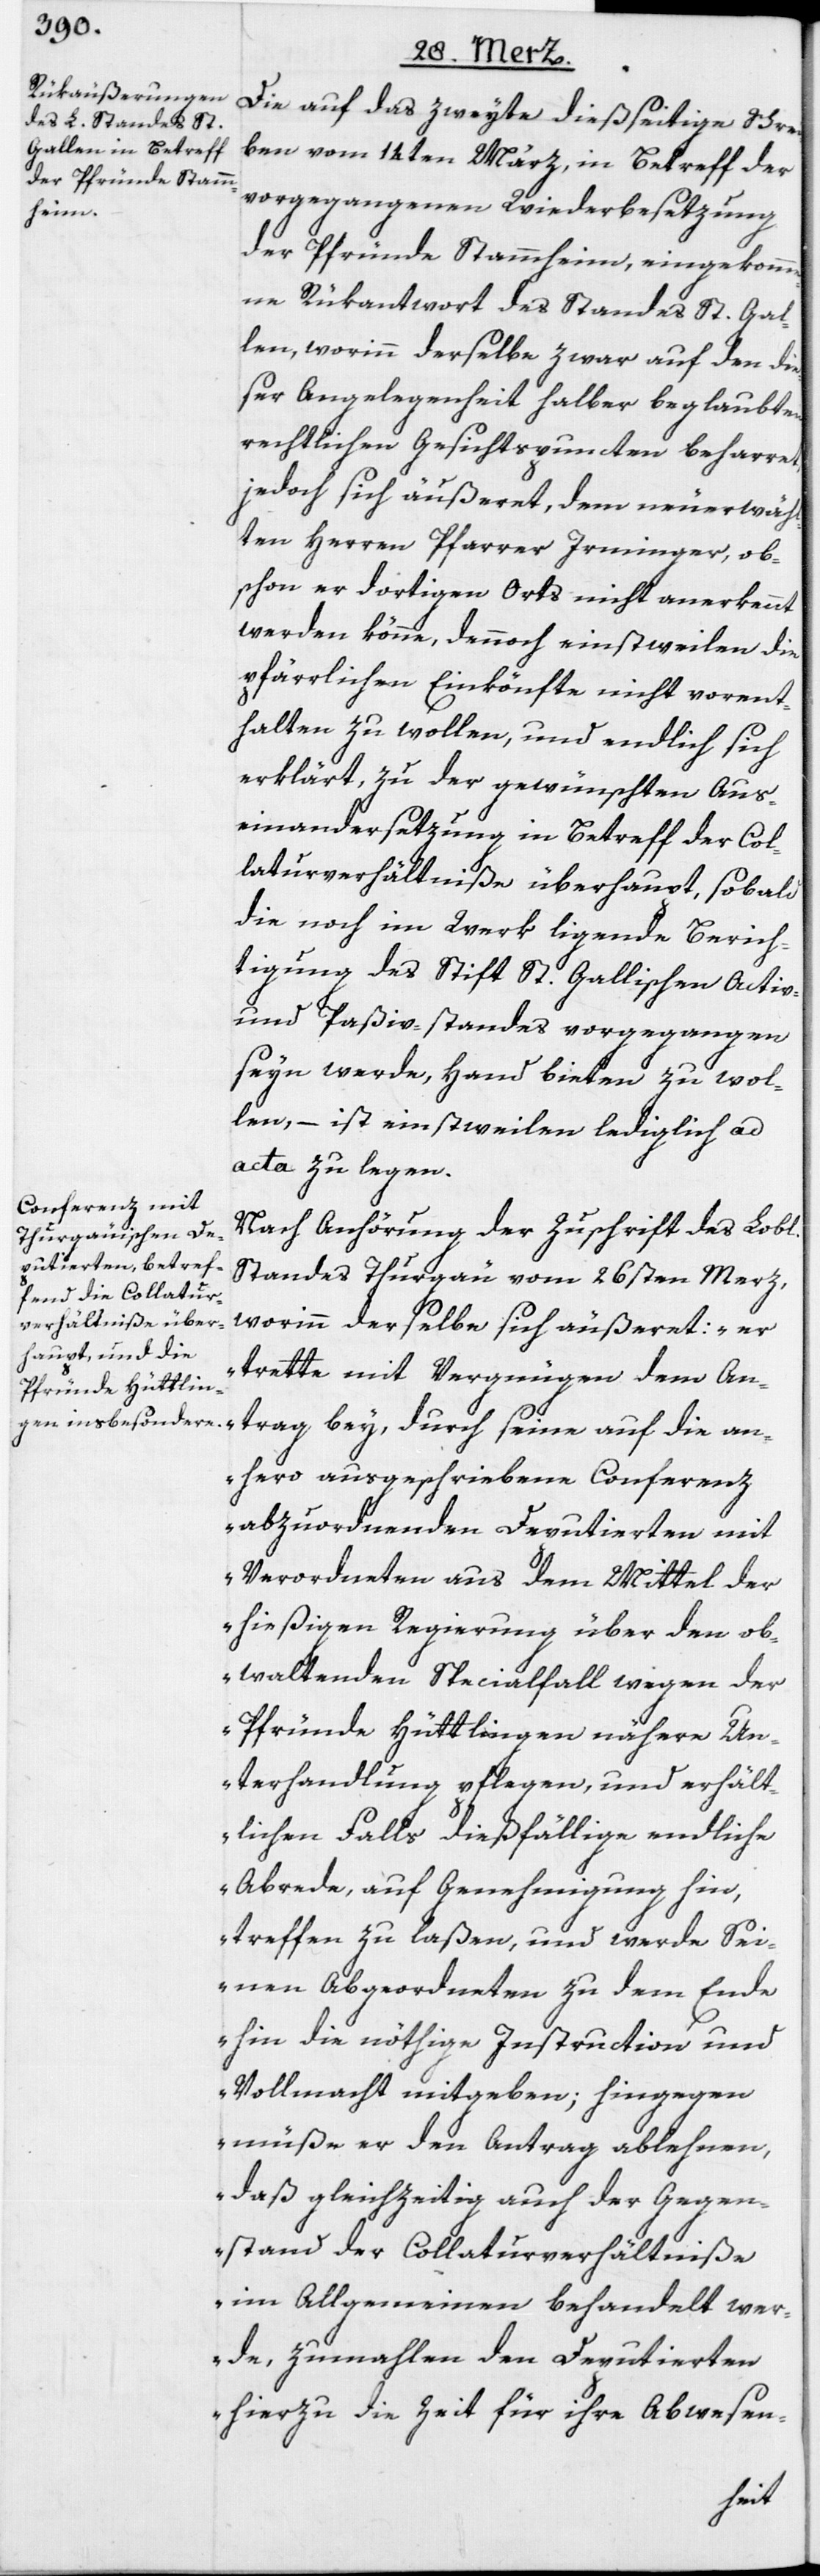
Die auf das zweyte dießseitige Schrei¬
ben vom 14ten März, in Betreff der
vorgegangenen Wiederbesetzung
der Pfründe Stammheim, eingekomm¬
ene Rükantwort des Standes St. Gal¬
len, worinn derselbe zwar auf den die¬
ser Angelegenheit halber beglaubten
rechtlichen Gesichtspuncten beharret,
jedoch sich äußeret, dem neuerwähl¬
ten Herren Pfarrer Irminger, ob¬
schon er dortigen Orts nicht anerkennt
werden könne, dennoch einstweilen die
pfärrlichen Einkönfte nicht vorent¬
halten zu wollen, und endlich sich
erklärt, zu der gewünschten Aus¬
einandersetzung in Betreff der Col¬
laturverhältniße überhaupt, sobald
die noch im Werk ligende Berich¬
tigung des Stift St. Gallischen Activ-
und Paßiv-standes vorgegangen
seyn werde, Hand bieten zu wol¬
len, – ist einstweilen lediglich ad
acta zu legen.
Nach Anhörung der Zuschrift des Lobl.
Standes Thurgau vom 26sten Merz,
worinn derselbe sich äußeret: „er
trette mit Vergnügen dem An¬
trag bey, durch seine auf die an¬
hero ausgeschriebene Conferenz
abzuordnenden Deputierten mit
Verordneten aus dem Mittel der
hießigen Regierung über den ob¬
waltenden Specialfall wegen der
Pfründe Hüttlingen nähere Un¬
terhandlung pflegen, und erhält¬
lichen Falls dießfällige endliche
Abrede, auf Genehmigung hin,
treffen zu laßen, und werde Sei¬
nen Abgeordneten zu dem Ende
hin die nöthige Instruction und
Vollmacht mitgeben; hingegen
müße er den Antrag ablehnen,
daß gleichzeitig auch der Gegen¬
stand der Collaturverhältniße
im Allgemeinen behandelt wer¬
de, zumahlen den Deputierten
hierzu die Zeit für ihre Abwesen-